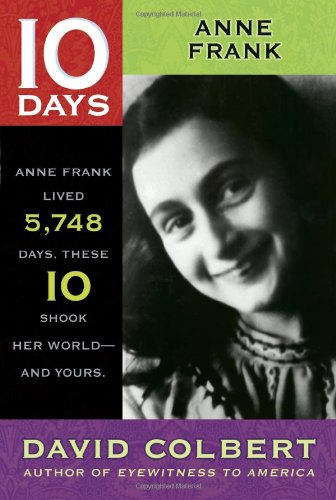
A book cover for Anne Frank (10 Days); David Colbert; Children's Books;